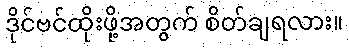
ဒိုင်ဗင်ထိုးဖို့အတွက် စိတ်ချရလား။